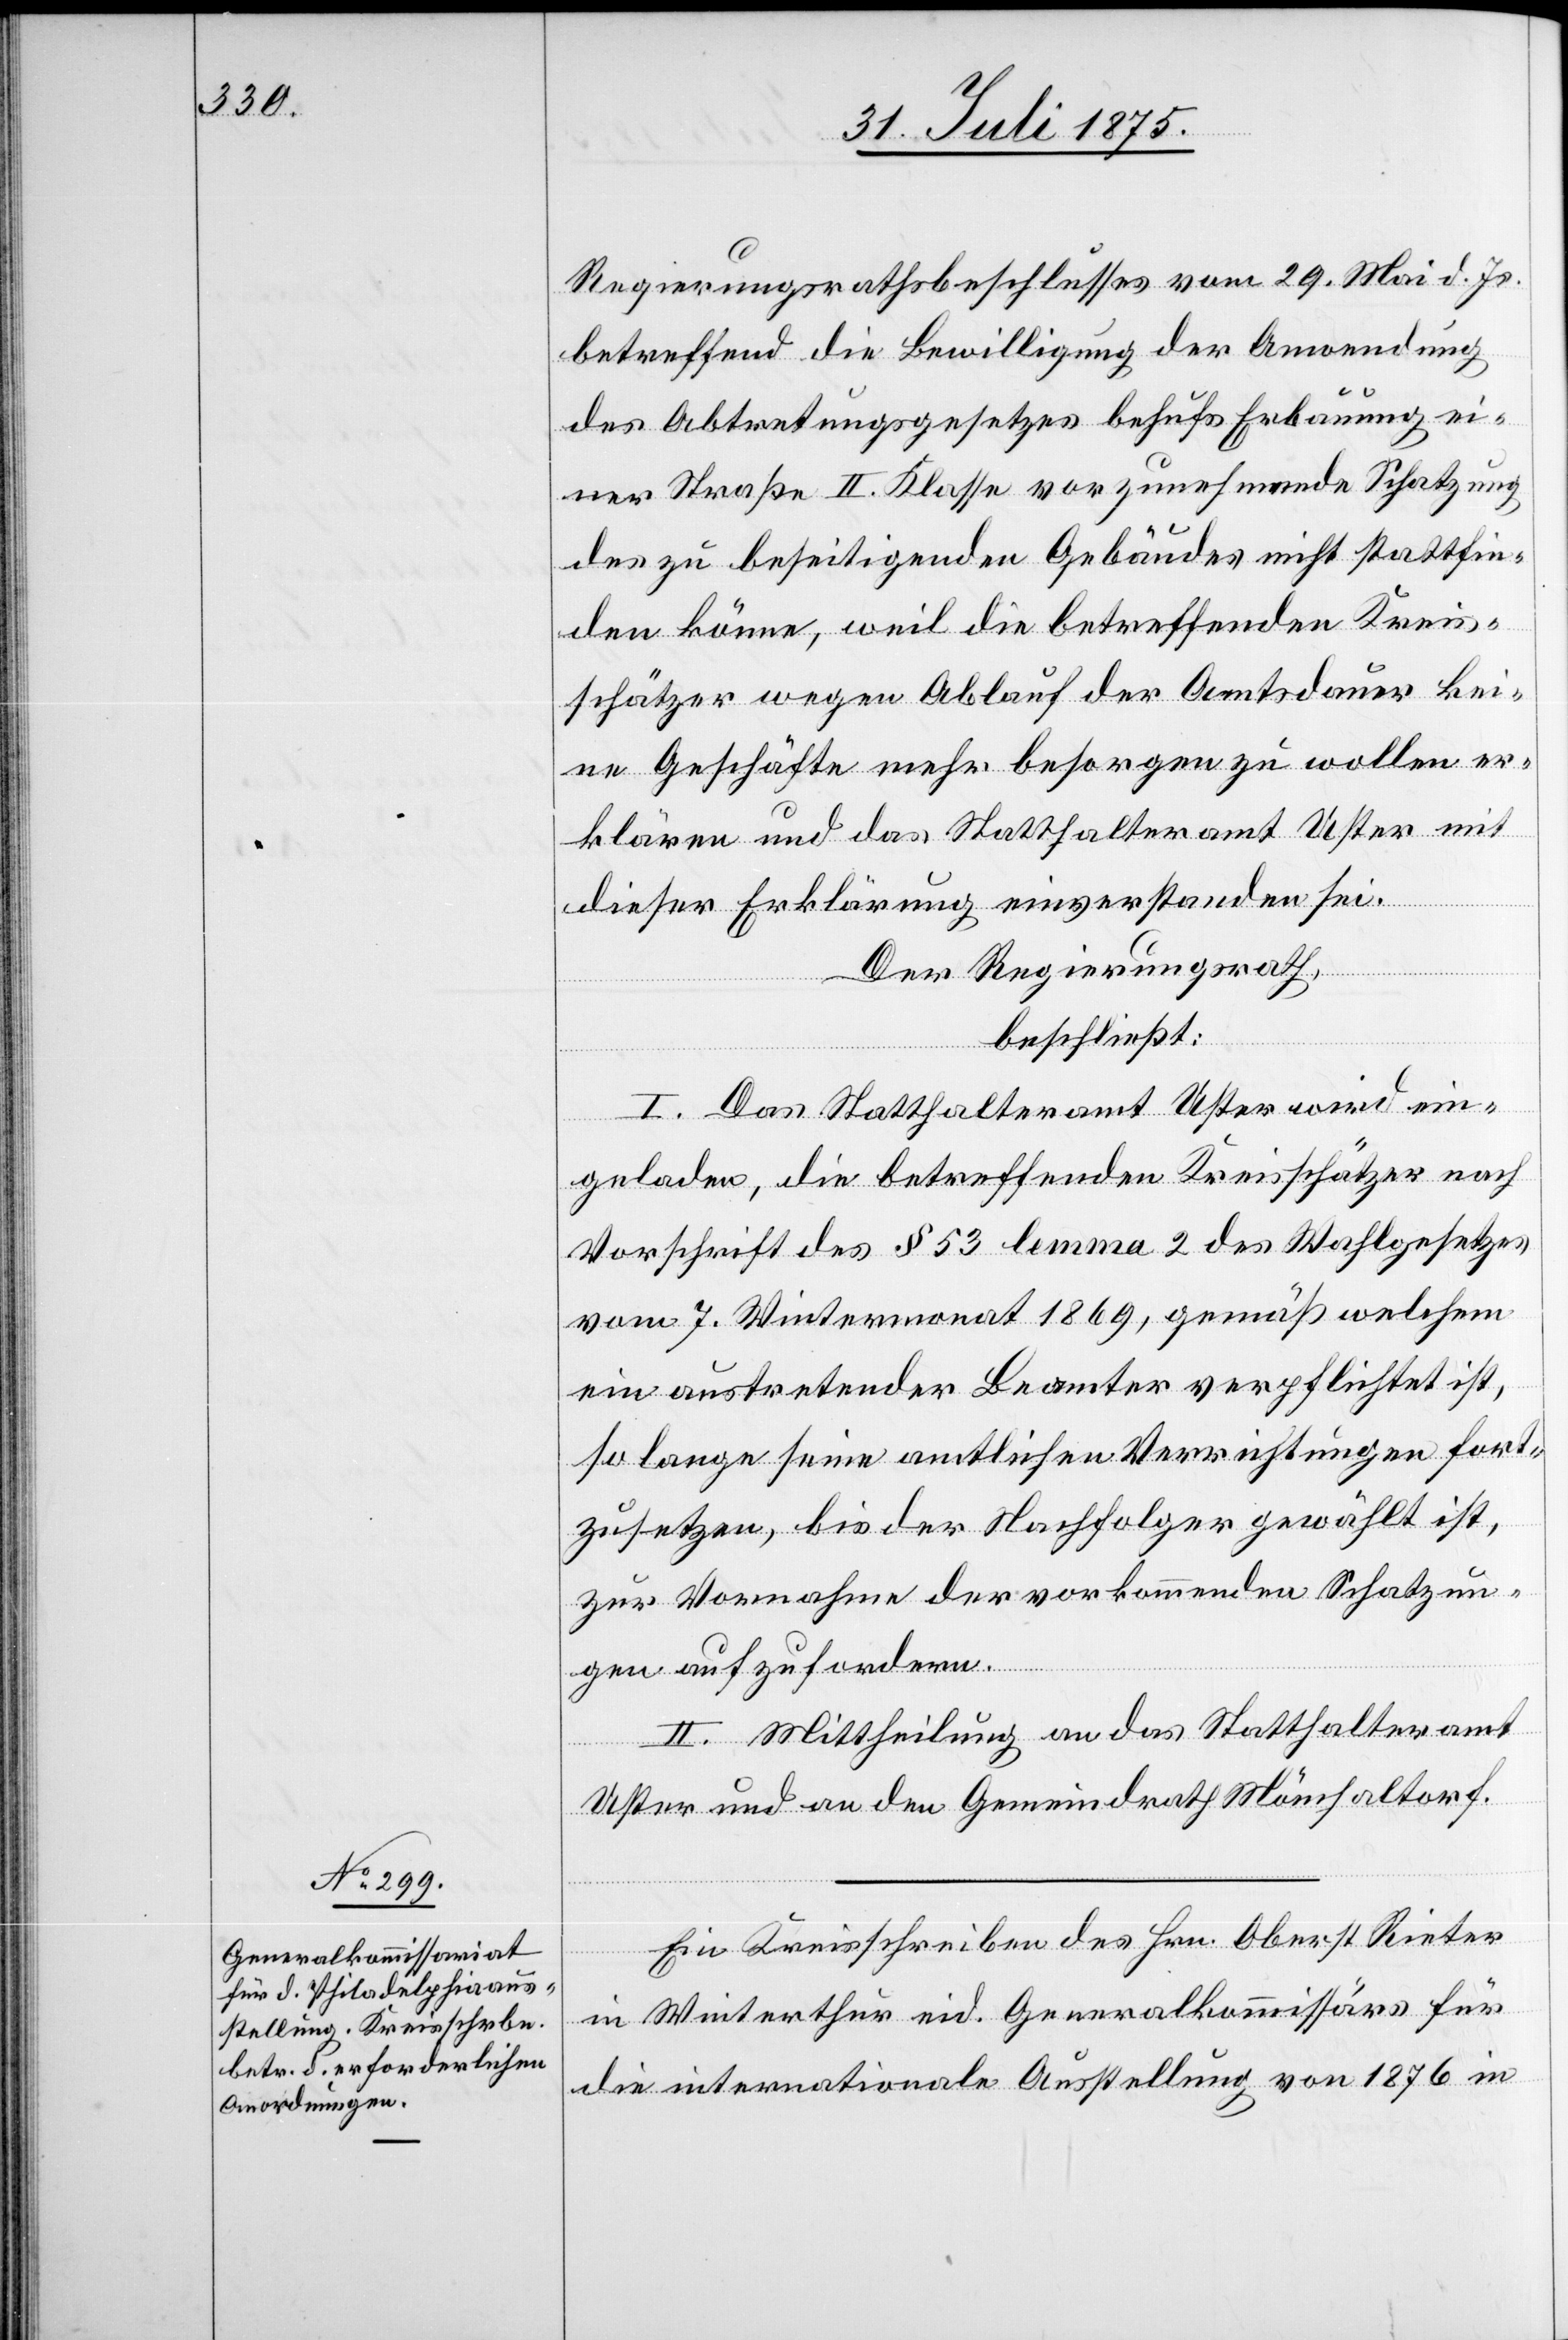
Regierungsrathsbeschlusses vom 29. Mai d. Js.
betreffend die Bewilligung der Anordnung
des Abtretungsgesetzes behufs Erbauung ei¬
ner Straße II. Klasse vorzunehmende Schatzung
des zu beseitigenden Gebäudes nicht stattfin¬
den könne, weil die betreffenden Kreis¬
schätzer wegen Ablauf der Amtsdauer kei¬
ne Geschäfte mehr besorgen zu wollen er¬
klären und das Statthalteramt Uster mit
dieser Erklärung einverstanden sei.
Der Regierungsrath,
beschließt:
I. Das Statthalteramt Uster wird ein¬
geladen, die betreffenden Kreisschätzer nach
Vorschrift des § 53 lemma 2 des Wahlgesetzes
vom 7. Wintermonat 1869, gemäß welchem
ein austretender Beamter verpflichtet ist,
zur Vornahme der vorkommenden Schatzun¬
gen aufzufordern.
II. Mittheilung an das Statthalteramt
Uster und an den Gemeindrath Mönchaltorf.
Ein Kreisschreiben des Hrn. Oberst Rieter
in Winterthur eid. Generalkommissärs für
die internationale Ausstellung von 1876 in